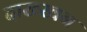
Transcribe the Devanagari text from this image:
दाख्खन